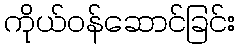
ကိုယ်ဝန်ဆောင်ခြင်း